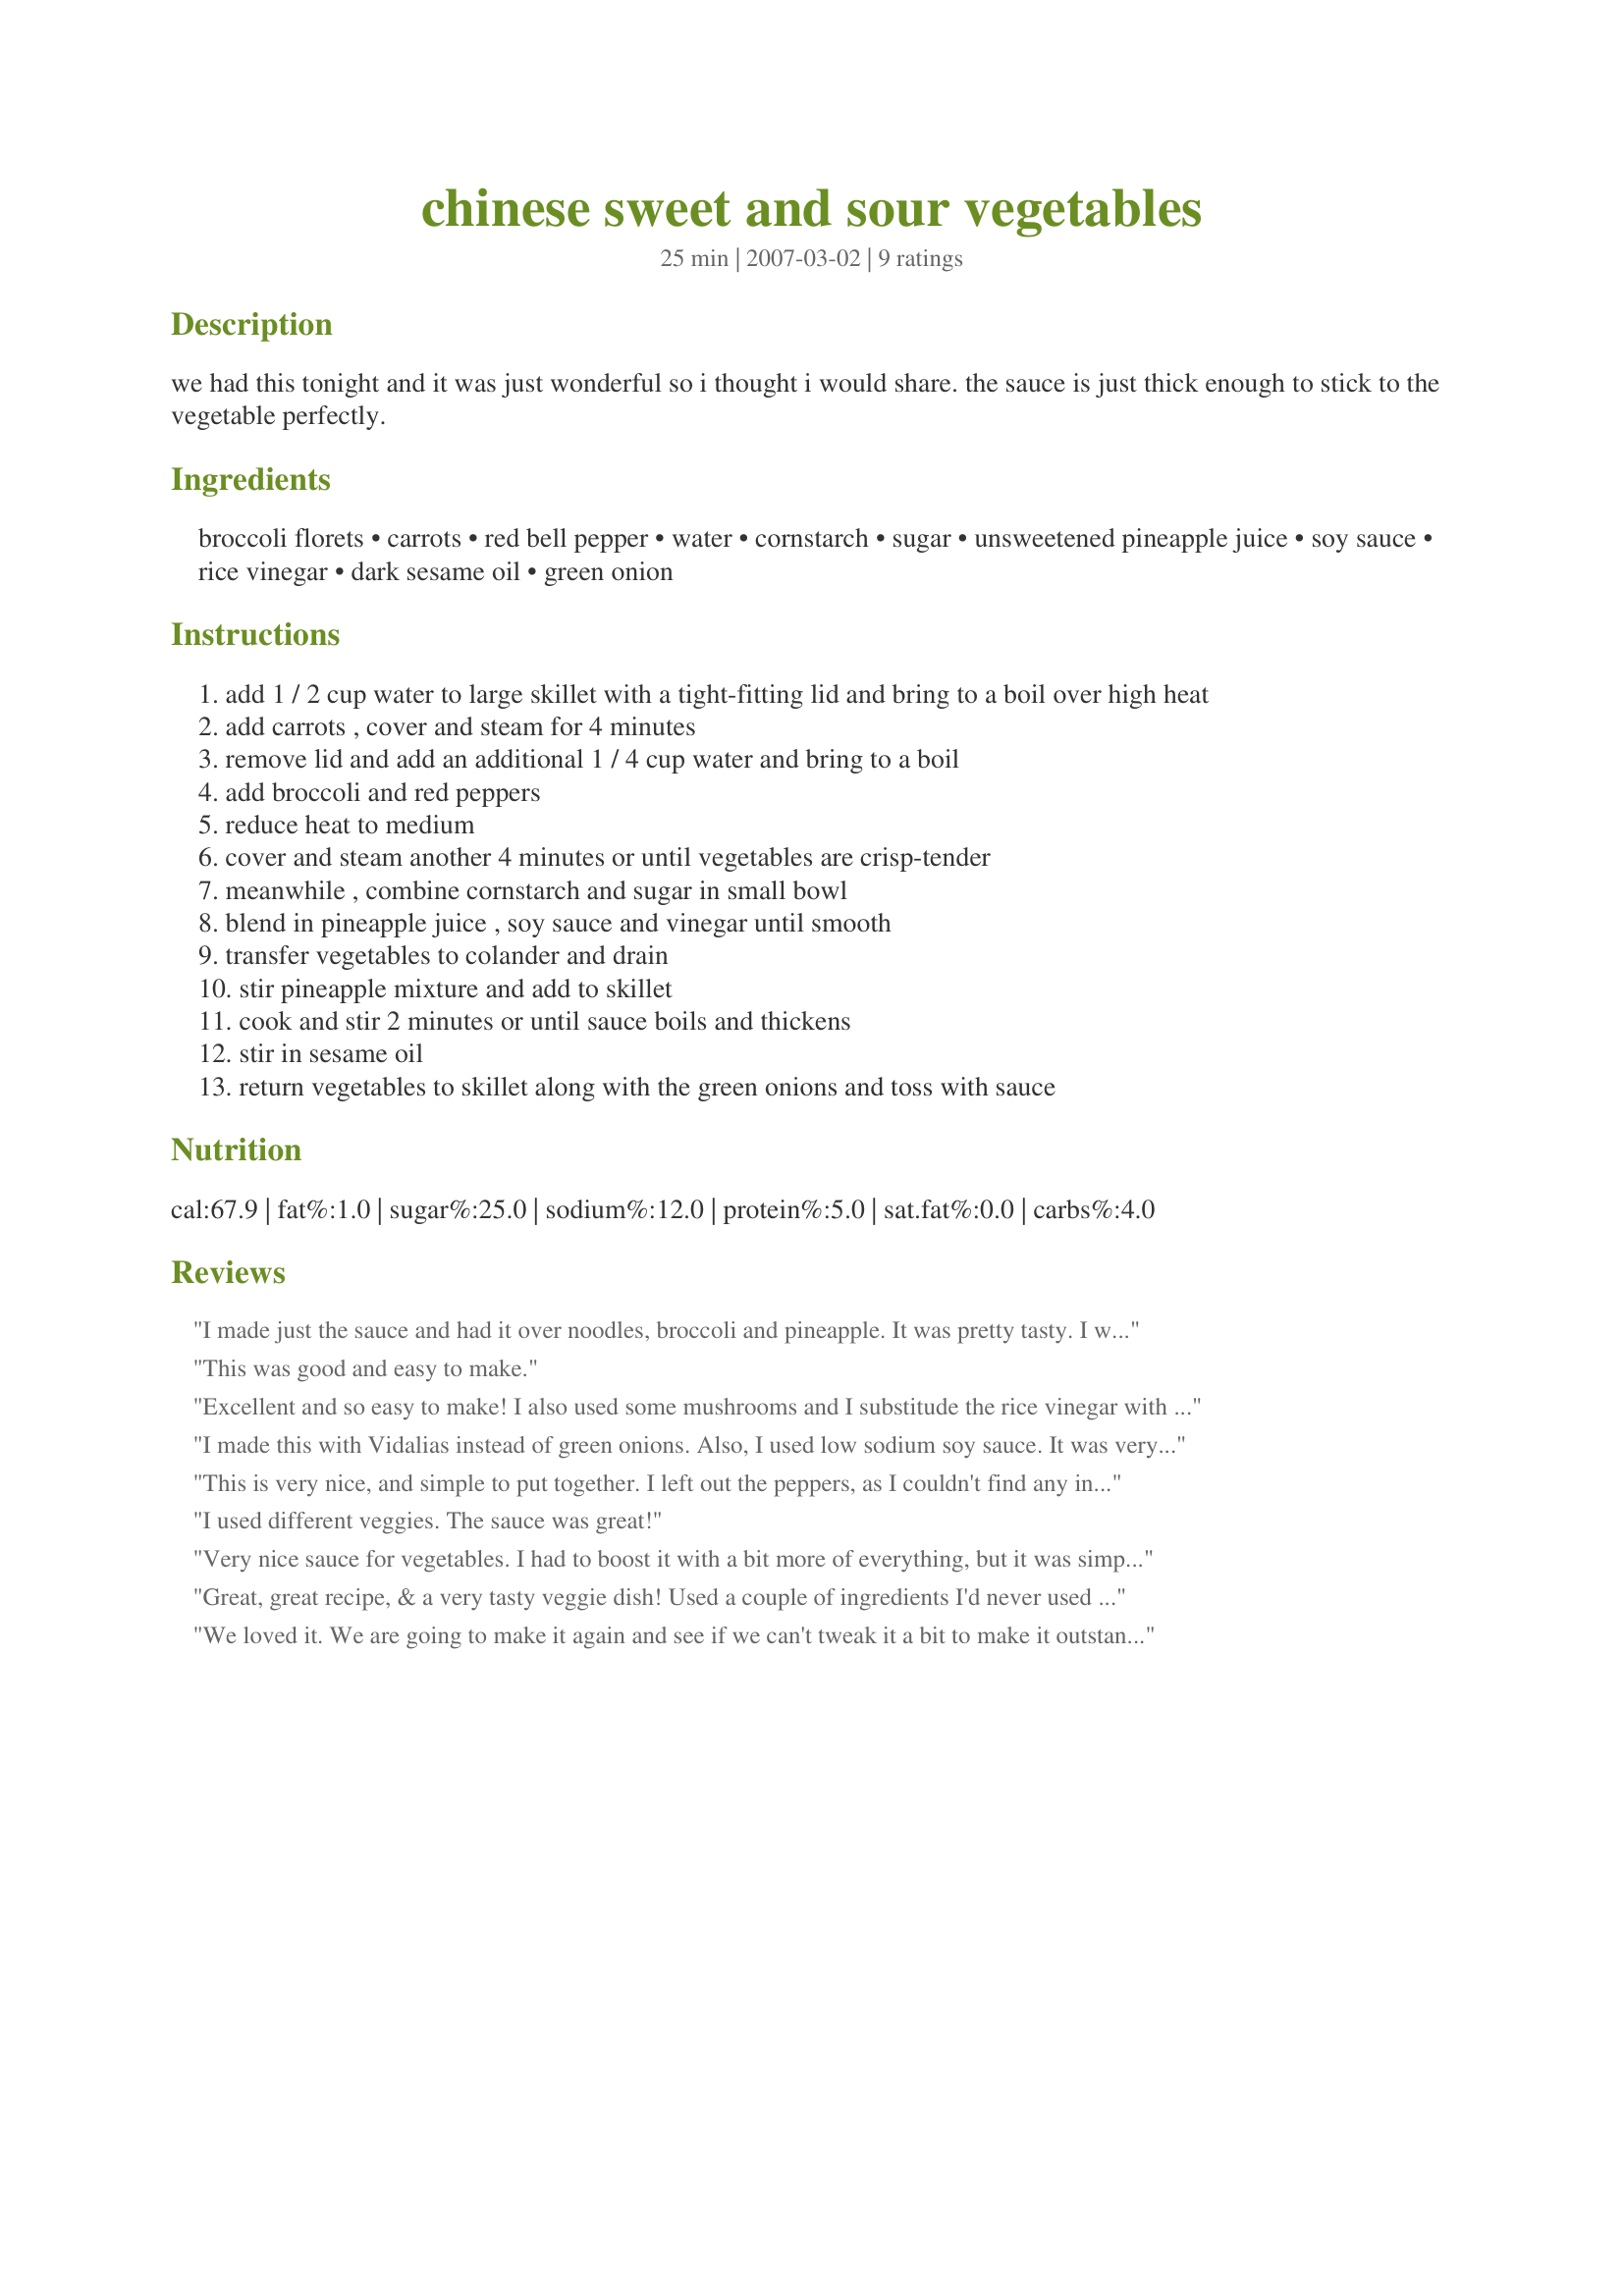
chinese sweet and sour vegetables
Preparation time: 25 minutes

we had this tonight and it was just wonderful so i thought i would share. the sauce is just thick enough to stick to the vegetable perfectly.

Ingredients:
broccoli florets, carrots, red bell pepper, water, cornstarch, sugar, unsweetened pineapple juice, soy sauce, rice vinegar, dark sesame oil, green onion

Steps:
add 1 / 2 cup water to large skillet with a tight-fitting lid and bring to a boil over high heat
add carrots , cover and steam for 4 minutes
remove lid and add an additional 1 / 4 cup water and bring to a boil
add broccoli and red peppers
reduce heat to medium
cover and steam another 4 minutes or until vegetables are crisp-tender
meanwhile , combine cornstarch and sugar in small bowl
blend in pineapple juice , soy sauce and vinegar until smooth
transfer vegetables to colander and drain
stir pineapple mixture and add to skillet
cook and stir 2 minutes or until sauce boils and thickens
stir in sesame oil
return vegetables to skillet along with the green onions and toss with sauce

Reviews:
I made just the sauce and had it over noodles, broccoli and pineapple. It was pretty tasty. I will definitely make this again.
This was good and easy to make.
Excellent and so easy to make! I also used some mushrooms and I substitude the rice vinegar with plain wine vinegar cause I didn't had any. Its a total keeper! Now I'll never going to buy any jarred sauce again. Thanks Nimz!
I made this with Vidalias instead of green onions. Also, I used low sodium soy sauce. It was very easy to prepare, and went well with meatloaf- thanks for a great side dish.
This is very nice, and simple to put together. I left out the peppers, as I couldn't find any in the store today. So I put in extra broccoli and carrots. Very quick to get from the chopping board to the table. Thanks, Nimz!
Made for ZWT 4.
I used different veggies. The sauce was great!
Very nice sauce for vegetables. I had to boost it with a bit more of everything, but it was simple and flavorful. I also added a can of sliced water chestnuts. Thanks for sharing!
Great, great recipe, & a very tasty veggie dish! Used a couple of ingredients I'd never used before, but that's what makes Zaar such a great site ~ I'm always learning, about cooking as well as about my own tastes in food! Thanks much for sharing this very satisfying dish!
We loved it. We are going to make it again and see if we can't tweak it a bit to make it outstanding! I served it over a bed of rice and we all appreciated the homemade sauce instead of canned or jarred sauce. I especially like the absence of MSG! Thanks Nimz!
